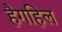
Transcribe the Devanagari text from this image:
हैगहिल